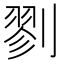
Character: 剹